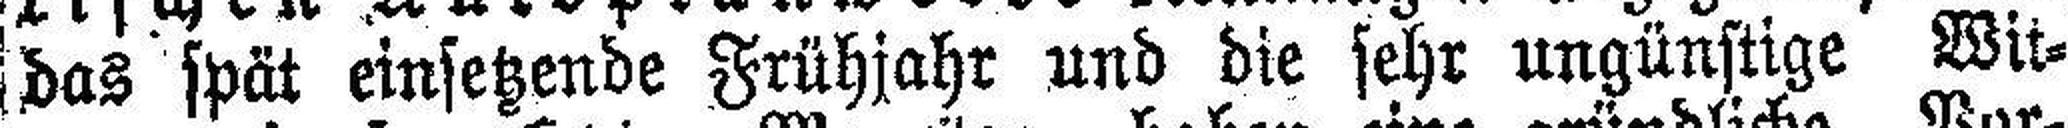
das spät einsetzende Frühjahr und die sehr ungünstige Wit¬